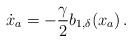
LaTeX: \begin{align*} \dot x_a = -{\gamma \over 2} b_{1,\delta}(x_a)\,. \end{align*}